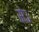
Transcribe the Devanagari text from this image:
सेउ